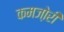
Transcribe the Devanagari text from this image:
कमजो़री